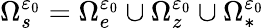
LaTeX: \Omega_{s}^{\varepsilon_{0}}=\Omega_{e}^{\varepsilon_{0}}\cup\Omega_{z}^{\varepsilon_{0}}\cup\Omega_{*}^{\varepsilon_{0}}